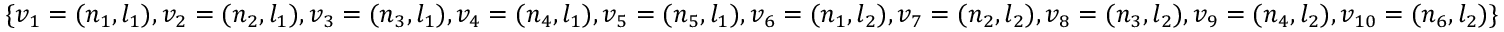
\{ v _ { 1 } = ( n _ { 1 } , l _ { 1 } ) , v _ { 2 } = ( n _ { 2 } , l _ { 1 } ) , v _ { 3 } = ( n _ { 3 } , l _ { 1 } ) , v _ { 4 } = ( n _ { 4 } , l _ { 1 } ) , v _ { 5 } = ( n _ { 5 } , l _ { 1 } ) , v _ { 6 } = ( n _ { 1 } , l _ { 2 } ) , v _ { 7 } = ( n _ { 2 } , l _ { 2 } ) , v _ { 8 } = ( n _ { 3 } , l _ { 2 } ) , v _ { 9 } = ( n _ { 4 } , l _ { 2 } ) , v _ { 1 0 } = ( n _ { 6 } , l _ { 2 } ) \}